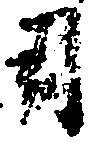
用